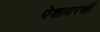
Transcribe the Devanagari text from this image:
पेशावरची